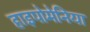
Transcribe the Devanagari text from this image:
हाइपोमेनिया